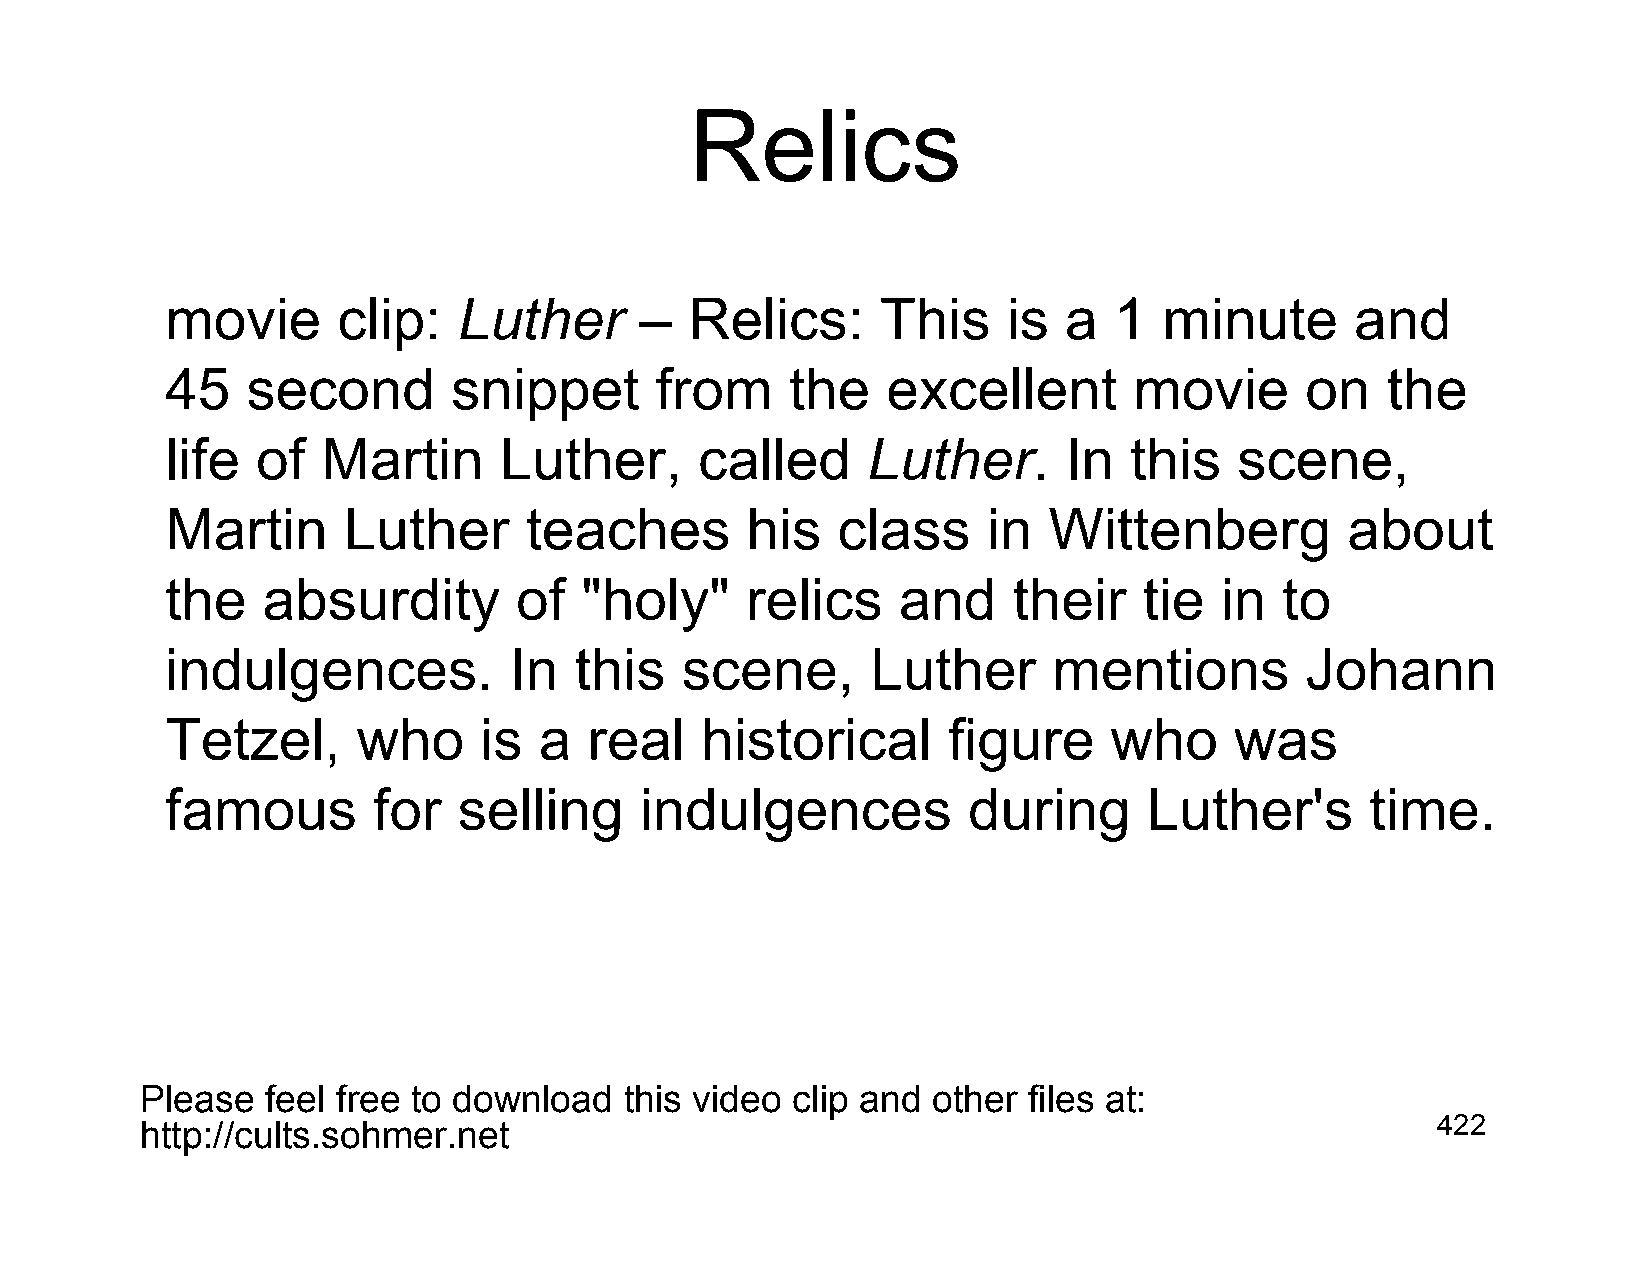
Relics
 movie      clip:   Luther      –   Relics:     This     is a   1  minute       and
 45   second        snippet      from     the    excellent       movie      on    the
 life  of  Martin      Luther,      called     Luther.      In   this   scene,
 Martin      Luther      teaches       his   class     in  Wittenberg          about
 the   absurdity        of  "holy"     relics    and     their    tie  in  to
 indulgences.           In  this   scene,       Luther      mentions        Johann
 Tetzel,      who     is  a  real   historical       figure    who      was
 famous        for  selling     indulgences           during      Luther's       time.
 Please   feel free to download  this video clip and  other files at:
 http://cults.sohmer.net                                                               422